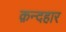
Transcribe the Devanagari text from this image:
क़न्दहार